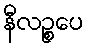
နီလဉ္စပေ